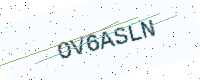
Text: OV6ASLN